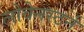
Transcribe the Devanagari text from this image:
लोवेनस्टर्न